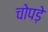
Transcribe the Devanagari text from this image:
चोपड़े